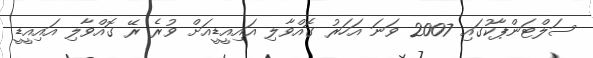
ސަލްޓަންޕާކުގައި 2007 ވަނަ އަހަރު ގޮއްވާލި އައިއީޑީއަށް ވުރެ ރޭ ގޮއްވާލި އަައިއީޑީ